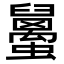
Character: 𧔱